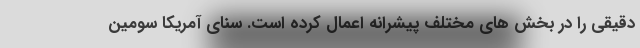
دقیقی را در بخش های مختلف پیشرانه اعمال کرده است. سنای آمریکا سومین